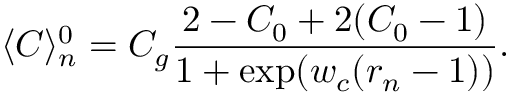
\langle C \rangle _ { n } ^ { 0 } = C _ { g } \frac { 2 - C _ { 0 } + 2 ( C _ { 0 } - 1 ) } { 1 + \exp ( w _ { c } ( r _ { n } - 1 ) ) } .